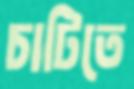
চাটিতে